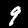
Label: 9